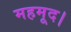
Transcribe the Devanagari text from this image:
महमूद।